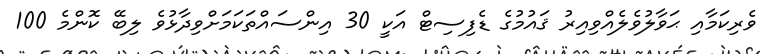
ވެރިކަމާއި ޙަވާލުވެލެއްވިއިރު ޤައުމުގެ ޑެފިސިޓް އަކީ 30 އިންސައްތަކަމަށްވިދާޅުވެ ލިބޭ ކޮންމެ 100